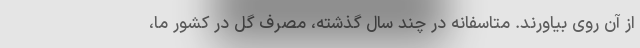
از آن روی بیاورند. متاسفانه در چند سال گذشته، مصرف گل در کشور ما،